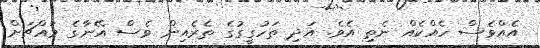
އެއްވެސް ހެއްކެއް ނެތި އެވެ. އަދި ތަހުގީގުގެ ތެރެއިން ވެސް އޭނާގެ މައްޗަށް